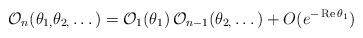
LaTeX: \begin{align*}\mathcal{O}_{n}(\theta _{1,}\theta _{2,}\dots )=\mathcal{O}_{1}(\theta_{1})\,\mathcal{O}_{n-1}(\theta _{2,}\dots )+O(e^{-\mathop{\rm Re}\theta_{1}})\end{align*}